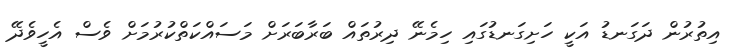
އިތުރުން ދަގަނޑު އަކީ ހަށިގަނޑުގައި ހިމެނޭ ދިރުތައް ބަރާބަރަށް މަސައްކަތްކުރުމަށް ވެސް އެހީވެދޭ